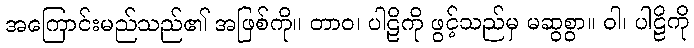
အကြောင်းမည်သည်၏ အဖြစ်ကို။ တာဝ၊ ပါဠိကို ဖွင့်သည်မှ မဆွစွာ။ ဝါ၊ ပါဠိကို